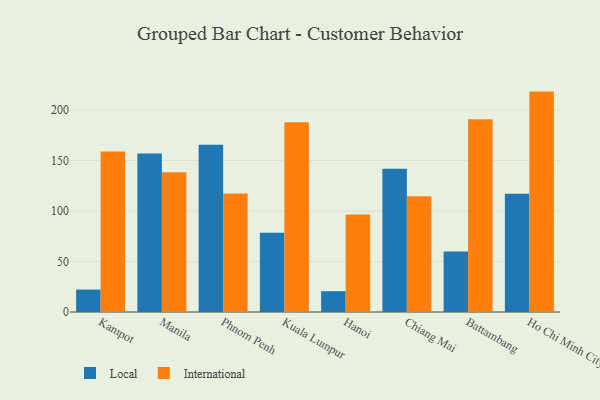
{"axis": {"x": "City", "y": "Bounce Rate (%)"}, "legend": ["International", "Local"], "data": [{"x": "Kampot", "y": 22.2, "type": "Local"}, {"x": "Kampot", "y": 159.0, "type": "International"}, {"x": "Manila", "y": 156.9, "type": "Local"}, {"x": "Manila", "y": 138.4, "type": "International"}, {"x": "Phnom Penh", "y": 165.6, "type": "Local"}, {"x": "Phnom Penh", "y": 117.3, "type": "International"}, {"x": "Kuala Lumpur", "y": 78.5, "type": "Local"}, {"x": "Kuala Lumpur", "y": 187.9, "type": "International"}, {"x": "Hanoi", "y": 20.6, "type": "Local"}, {"x": "Hanoi", "y": 96.6, "type": "International"}, {"x": "Chiang Mai", "y": 141.8, "type": "Local"}, {"x": "Chiang Mai", "y": 114.5, "type": "International"}, {"x": "Battambang", "y": 59.8, "type": "Local"}, {"x": "Battambang", "y": 190.9, "type": "International"}, {"x": "Ho Chi Minh City", "y": 117.0, "type": "Local"}, {"x": "Ho Chi Minh City", "y": 218.2, "type": "International"}]}